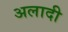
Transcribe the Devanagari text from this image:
अलादी